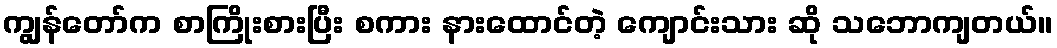
ကျွန်တော်က စာကြိုးစားပြီး စကား နားထောင်တဲ့ ကျောင်းသား ဆို သဘောကျတယ်။